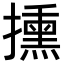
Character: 𢷠